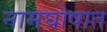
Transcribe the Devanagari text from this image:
नामघोषात